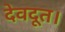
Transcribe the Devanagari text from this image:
देवदूत।